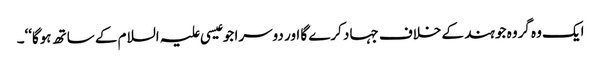
ایک وہ گروہ جو ہند کے خلاف جہاد کرے گا اور دوسرا جو عیسی علیہ السلام کے ساتھ ہوگا‘‘۔